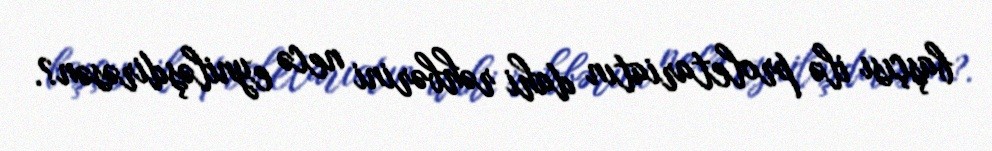
başçısı ilə proletariatın dahi rəhbərini necə eyniləşdirəsən?.